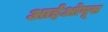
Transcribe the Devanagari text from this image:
आईओयूस